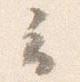
云